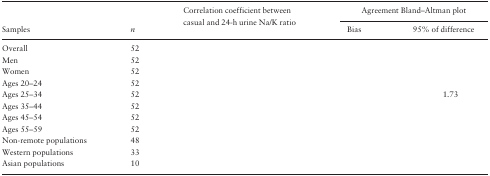
<table><thead><tr><td>[EMPTY_CELL]</td><td>[EMPTY_CELL]</td><td rowspan="2"><b>Correlation coefficient between casual and 24-h urine Na/K ratio</b></td><td colspan="2"><b>Agreement Bland–Altman plot</b></td></tr><tr><td><b>Samples</b></td><td><b><i>n</i></b></td><td><b>Bias</b></td><td><b>95% of difference</b></td></tr></thead><tbody><tr><td>Overall</td><td>52</td><td>[EMPTY_CELL]</td><td>[EMPTY_CELL]</td><td>[EMPTY_CELL]</td></tr><tr><td>Men</td><td>52</td><td>[EMPTY_CELL]</td><td>[EMPTY_CELL]</td><td>[EMPTY_CELL]</td></tr><tr><td>Women</td><td>52</td><td>[EMPTY_CELL]</td><td>[EMPTY_CELL]</td><td>[EMPTY_CELL]</td></tr><tr><td>Ages 20–24</td><td>52</td><td>[EMPTY_CELL]</td><td>[EMPTY_CELL]</td><td>[EMPTY_CELL]</td></tr><tr><td>Ages 25–34</td><td>52</td><td>[EMPTY_CELL]</td><td>[EMPTY_CELL]</td><td>1.73</td></tr><tr><td>Ages 35–44</td><td>52</td><td>[EMPTY_CELL]</td><td>[EMPTY_CELL]</td><td>[EMPTY_CELL]</td></tr><tr><td>Ages 45–54</td><td>52</td><td>[EMPTY_CELL]</td><td>[EMPTY_CELL]</td><td>[EMPTY_CELL]</td></tr><tr><td>Ages 55–59</td><td>52</td><td>[EMPTY_CELL]</td><td>[EMPTY_CELL]</td><td>[EMPTY_CELL]</td></tr><tr><td>Non-remote populations</td><td>48</td><td>[EMPTY_CELL]</td><td>[EMPTY_CELL]</td><td>[EMPTY_CELL]</td></tr><tr><td>Western populations</td><td>33</td><td>[EMPTY_CELL]</td><td>[EMPTY_CELL]</td><td>[EMPTY_CELL]</td></tr><tr><td>Asian populations</td><td>10</td><td>[EMPTY_CELL]</td><td>[EMPTY_CELL]</td><td>[EMPTY_CELL]</td></tr></tbody></table>